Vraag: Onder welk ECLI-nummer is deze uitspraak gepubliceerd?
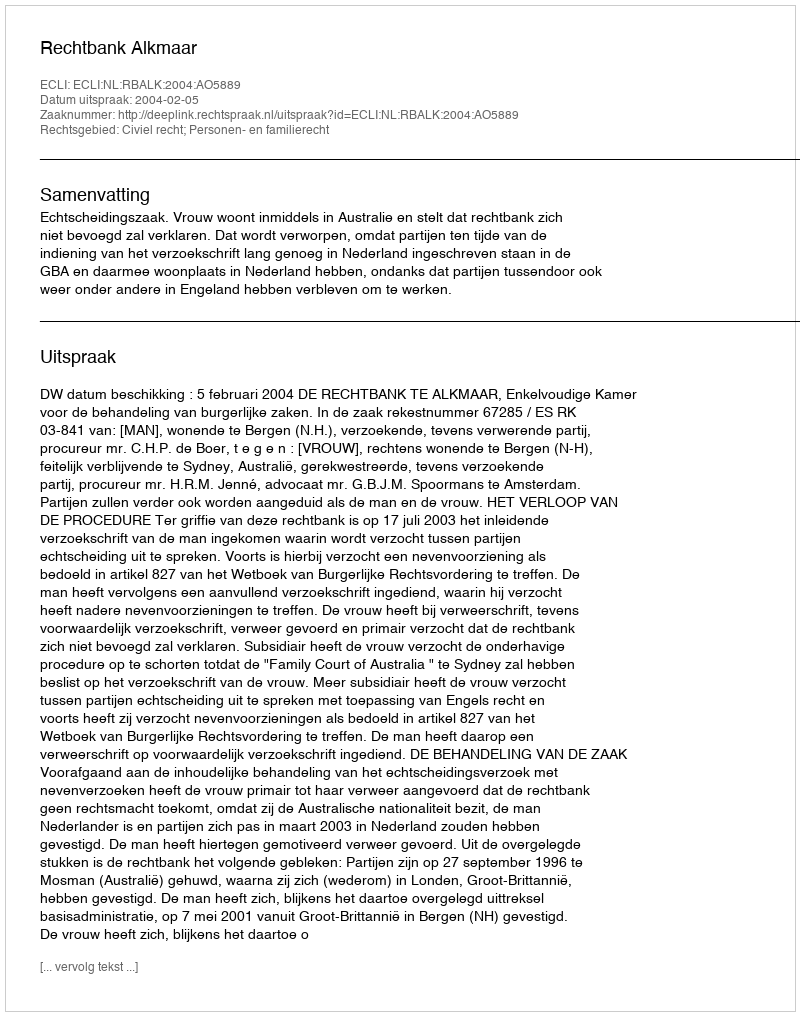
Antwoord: ECLI:NL:RBALK:2004:AO5889